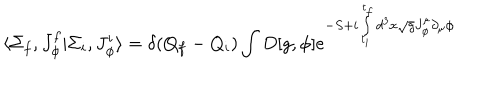
\langle \Sigma _ { f } , J _ { \phi } ^ { f } \vert \Sigma _ { i } , J _ { \phi } ^ { i } \rangle = \delta ( Q _ { f } - Q _ { i } ) \int D [ g , \phi ] { e ^ { - S + i \int _ { t _ { i } } ^ { t _ { f } } d ^ { 3 } x \sqrt { g } J _ { \phi } ^ { \mu } \partial _ { \mu } \phi } }